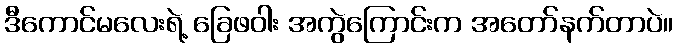
ဒီကောင်မလေးရဲ့ ခြေဖဝါး အကွဲကြောင်းက အတော်နက်တာပဲ။